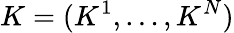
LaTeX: K=(K^{1},\ldots,K^{N})